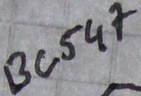
Text: BC547